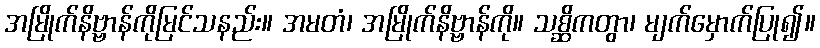
အမြိုက်နိဗ္ဗာန်ကိုမြင်သနည်း။ အမတံ၊ အမြိုက်နိဗ္ဗာန်ကို။ သစ္ဆိကတွာ၊ မျက်မှောက်ပြု၍။